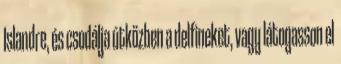
Islandre, és csodálja útközben a delfineket, vagy látogasson el